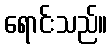
ရောင်းသည်။